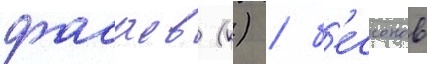
дасаев (к) / б'ессонов